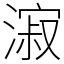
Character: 漃